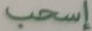
إسحب